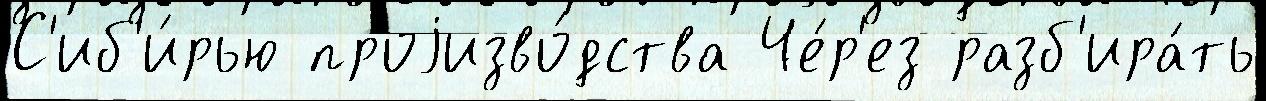
С'иб'и́рью проjизво́дства Че́р'ез разб'ира́ть